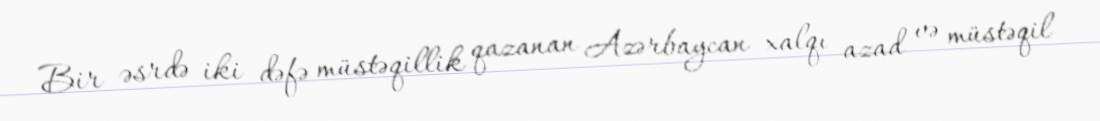
Bir əsrdə iki dəfə müstəqillik qazanan Azərbaycan xalqı azad və müstəqil